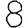
Digit: 8